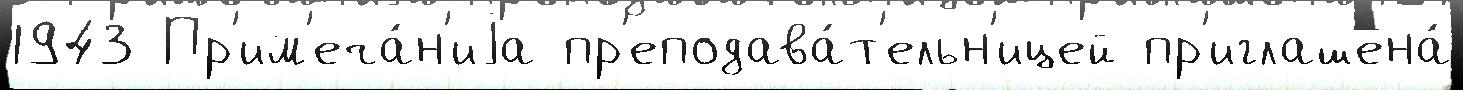
1943 Пр'им'еча́н'иjа пр'еподава́т'ельн'ицей пр'иглашена́